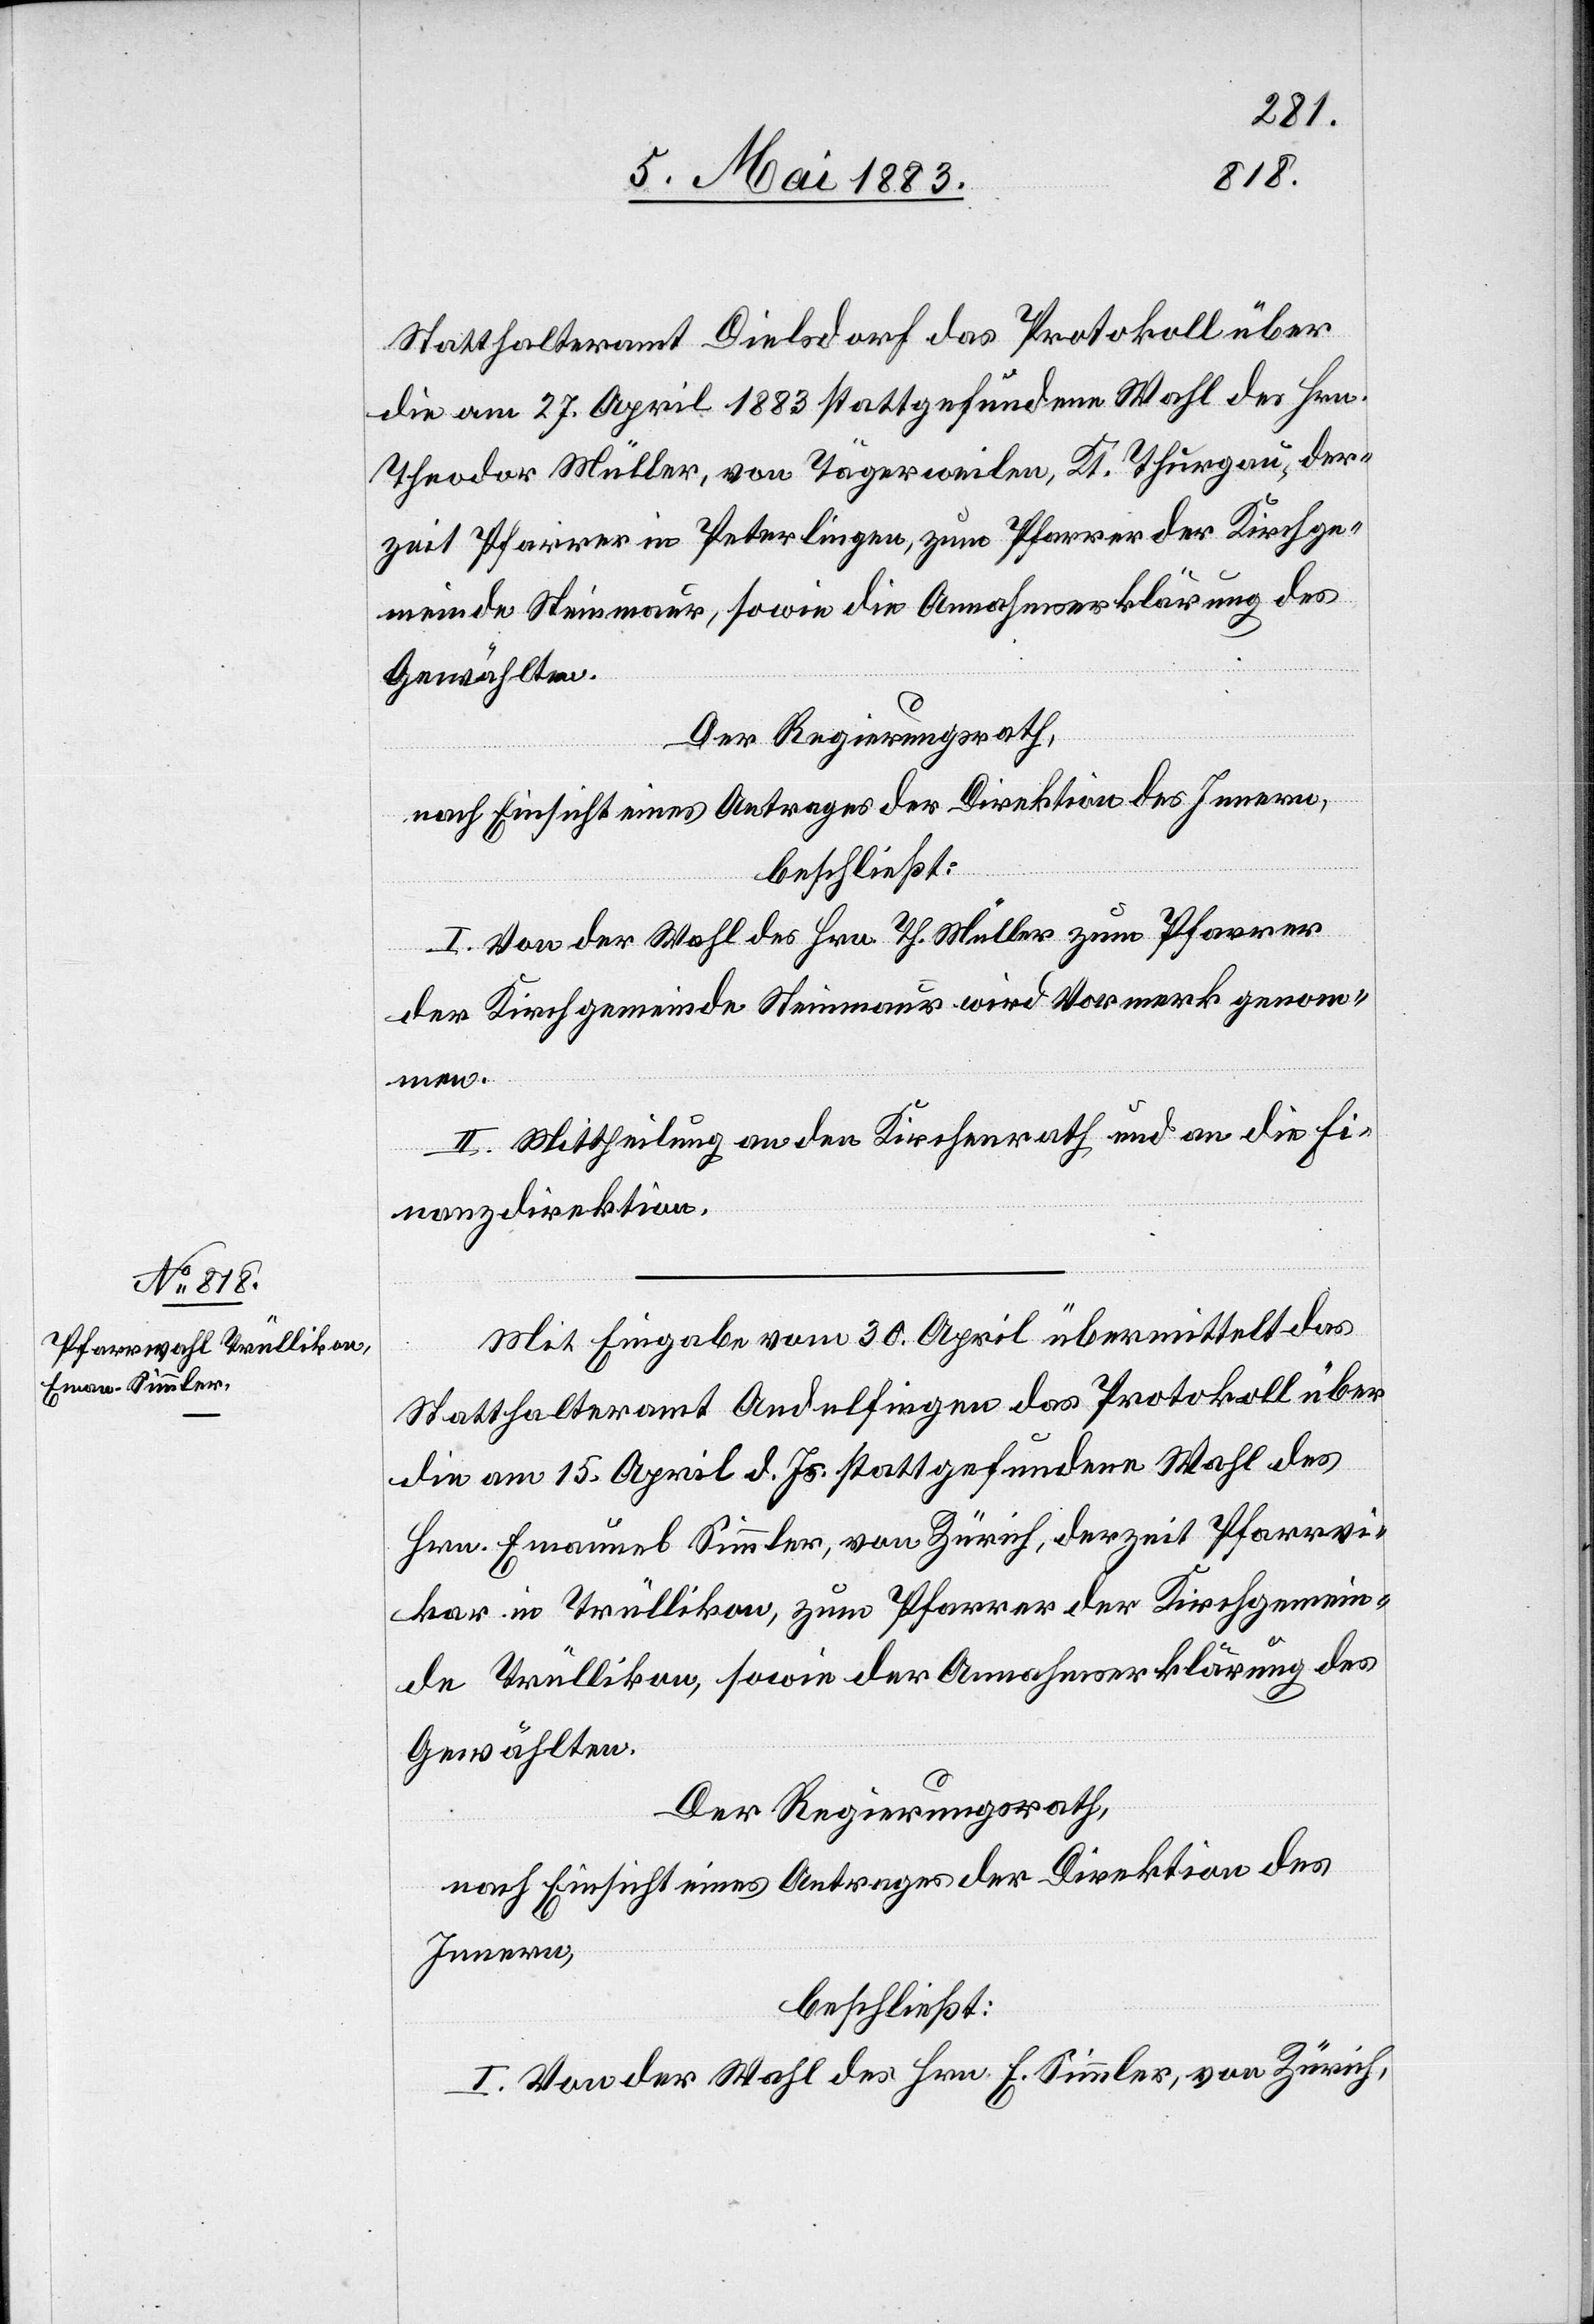
Statthalteramt Dielsdorf das Protokoll über
die am 27. April 1883 stattgefundene Wahl des Hrn.
Theodor Müller, von Tägerweilen, Kt. Thurgau, der¬
zeit Pfarrer in Peterlingen, zum Pfarrer der Kirchge¬
meinde Steinmaur, sowie die Annahmserklärung des
Gewählten.
Der Regierungsrath,
nach Einsicht eines Antrages der Direktion des Innern,
beschließt:
I. Von der Wahl des Hrn. Th. Müller zum Pfarrer
der Kirchgemeinde Steinmaur wird Vormerk genom¬
men.
II. Mittheilung an den Kirchenrath und an die Fi¬
nanzdirektion.
Mit Eingabe vom 30. April übermittelt das
Statthalteramt Andelfingen das Protokoll über
die am 15. April d. Js. stattgefundene Wahl des
Hrn. Emanuel Simmler, von Zürich, derzeit Pfarrvi¬
kar in Trüllikon, zum Pfarrer der Kirchgemein¬
de Trüllikon, sowie die Annahmserklärung des
Gewählten.
Der Regierungsrath,
nach Einsicht eines Antrages der Direktion des
Innern,
beschließt:
I. Von der Wahl des Hrn. E. Simmler, von Zürich